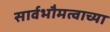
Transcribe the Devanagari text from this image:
सार्वभौमत्वाच्या